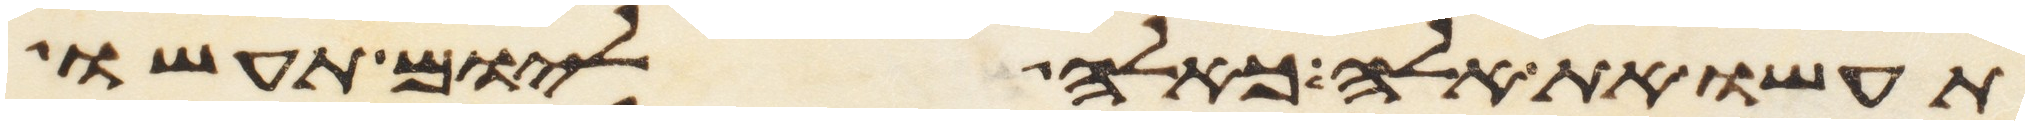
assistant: תעשו את אלה כאלה ליום תעשו